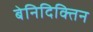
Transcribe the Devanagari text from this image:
बेनिदिक्तिन